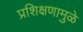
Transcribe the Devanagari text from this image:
प्रशिक्षणामुळे